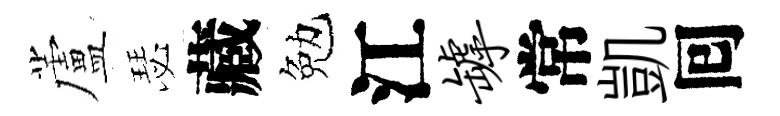
蘆瑟藏勉江罅常凱囘